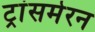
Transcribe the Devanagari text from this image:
ट्रांसमेरन